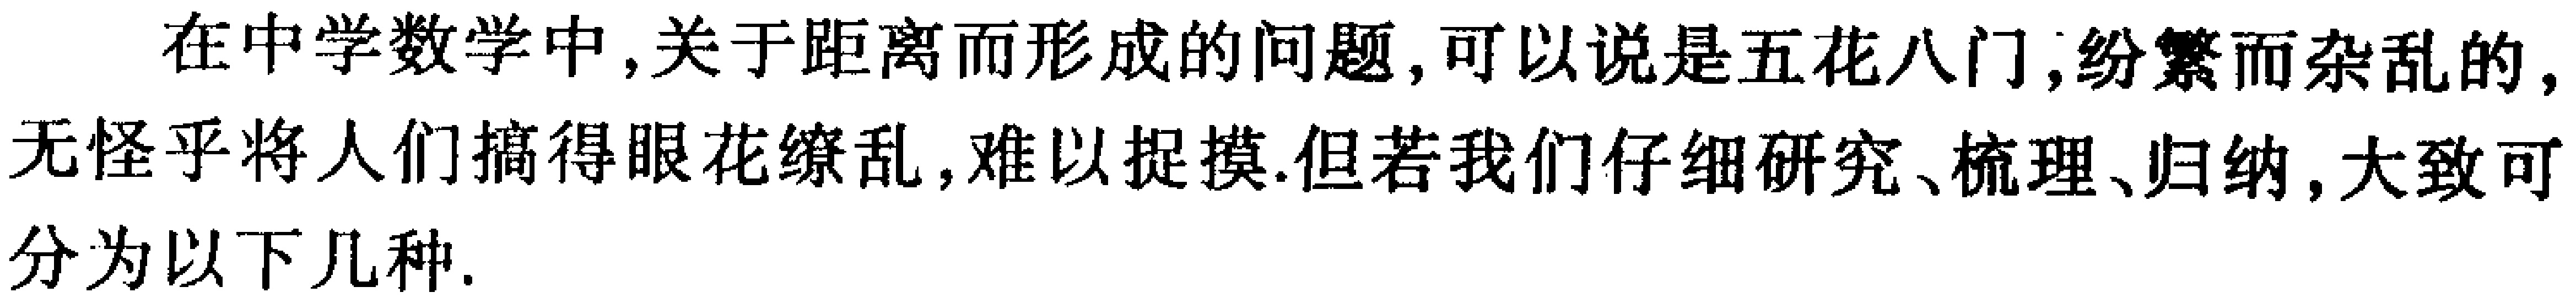
在中学数学中,关于距离而形成的问题,可以说是五花八门,纷繁而杂乱的,无怪乎将人们搞得眼花缭乱,难以捉摸.但若我们仔细研究、梳理、归纳,大致可分为以下几种.